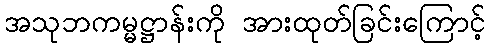
အသုဘကမ္မဋ္ဌာန်းကို အားထုတ်ခြင်းကြောင့်